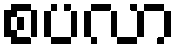
စပလာ